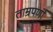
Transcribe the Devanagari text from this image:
ताम्रपर्णा